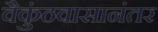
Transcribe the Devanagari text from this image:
वैकुंठवासानंतर